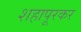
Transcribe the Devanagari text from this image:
शहापूरकर